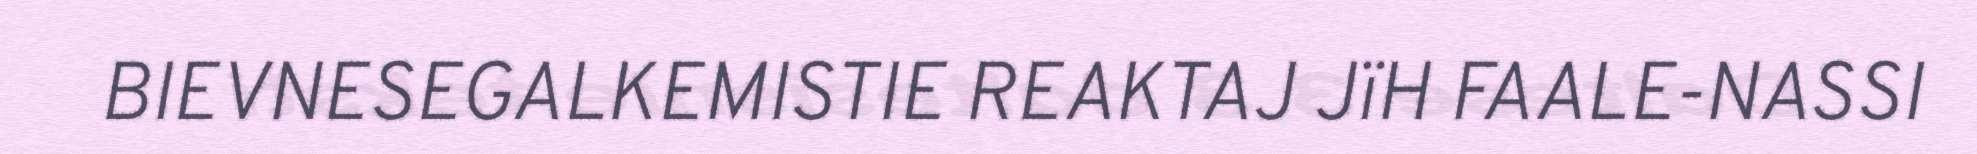
BIEVNESEGALKEMISTIE REAKTAJ JïH FAALE-NASSI